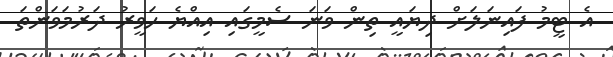
އެ ޓީމު ފައިނަލަށް ދިޔައީ ތިން ވަނަ ސެމީގައި އިއްޔެ ހަވީރު ދަރުމަވަންތަ